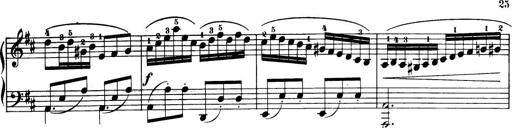
Title: 32 Sonatinas and Rondos for the Piano
Composer: Richard Kleinmichel